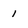
Character: 1